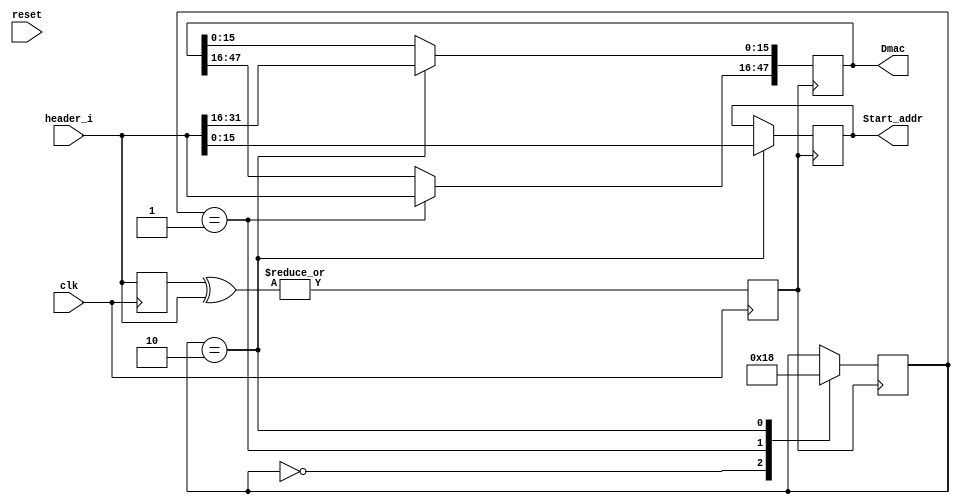

/*****************************************************************************/
// Id ..........dcp_modules.v                                                 //
// Author.......Ran Minerbi                                                   //
//                                                                            //
//   Unit Description   :                                                     //
//     dcp unit receive frames descriptors                                    //
//     from iba, determine destination port                                   //
//     according to frame MAC Address.                                        //
//                                                                            //
/*****************************************************************************/


   module Header_parser(reset,clk,header_i,Dmac,Start_addr);
         input reset, clk;
         input [31:0] header_i;
         output[47:0] Dmac;
         output [15:0] Start_addr;

         reg [15:0] Start_addr;
         reg [31:0] header_prev;
         reg [47:0] Dmac;
         reg [1:0]  state; // 0 - state 0 , 1- state dmac , 2 - state length/addr
         reg flip;
         initial 
         begin
           state=0;
           Dmac=0;
           flip=0;
           Start_addr=0;
         end
         always @ (posedge clk)
         begin
             header_prev<= header_i;
             flip=|(header_prev ^ header_i);
                                   
         end

         always @( negedge flip)
         begin
               case (state)
                   2'h0:  state=1;
                   2'h1:  begin
                          state=2;
                          Dmac[47:16] = header_i;
                         end
                   2'h2:  begin
                          state=0;
                          Start_addr=header_i[15:0];
                          Dmac[15:0] = header_i[31:16];
                          end 
                endcase 
          end
             
   endmodule

   module FDB(reset,clk,dmac,T_q);
        input reset, clk;
        input [47:0] dmac;
        output [4:0] T_q;

        reg  [4:0] T_q;
        initial  T_q=0;
        always @ (posedge clk)
        begin
            case (dmac)
                48'haa2030405060: T_q=1;
                48'hffccbb440011: T_q=2;
                48'hddffbb550022: T_q=3; 
                48'hccbbaa990099: T_q=4; 
                48'h66eecc001133: T_q=5; 
                48'h1100aaff00aa: T_q=6; 
                default: T_q=0;
            endcase
            
            end
        
   endmodule